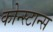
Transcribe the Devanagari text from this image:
कोन्स्टान्स